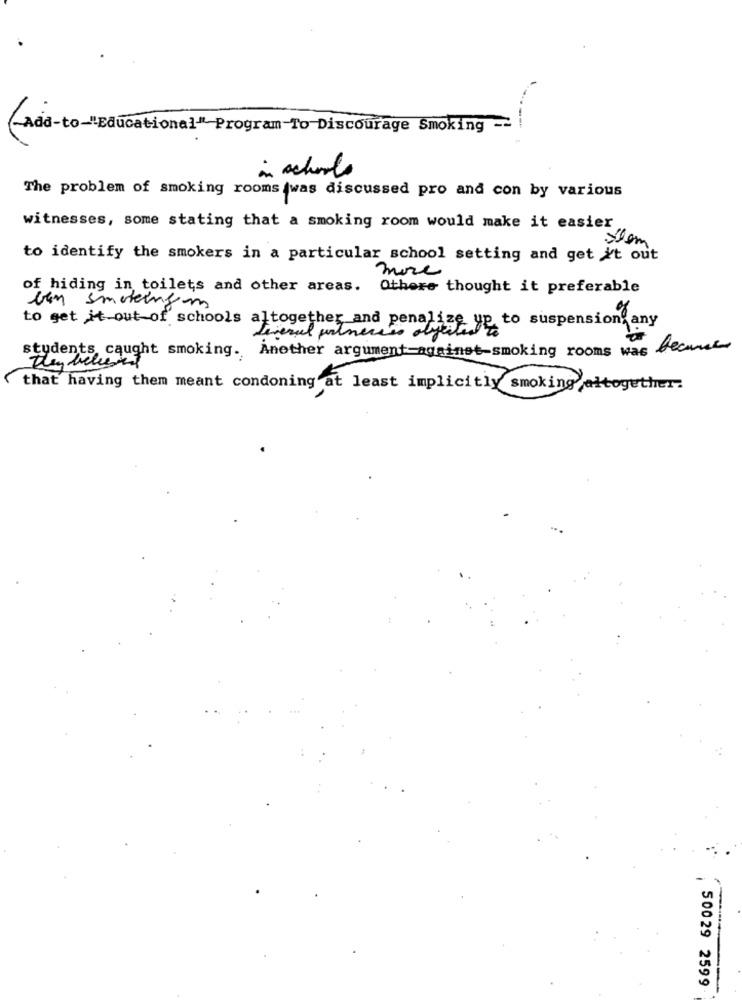
(-Ada-to-"Educational" Program To Discourage Smoking -
in schools
The problem of smoking rooms was discussed pro and con by various
witnesses, some stating that a smoking room would make it easier
Stem
to identify the smokers in a particular school setting and get it out
more
of hiding in toilets and other areas.
Others thought it preferable
ben smokingm
to get it out-of schools altogether and penalize up to suspension any
Liveral portnecces objected
students caught smoking. Another argument-against-smoking rooms was became
They believed
that having them meant condoning at least implicitly smoking altogether.
50029 2599